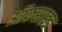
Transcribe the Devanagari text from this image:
ऑफसाइड